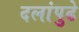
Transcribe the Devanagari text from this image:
दलांपुढे